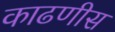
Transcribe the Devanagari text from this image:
काढणीस